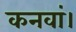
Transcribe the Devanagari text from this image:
कनवां।